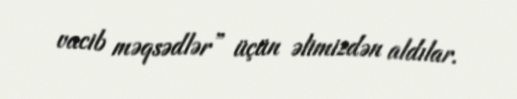
vacib məqsədlər” üçün əlimizdən aldılar.